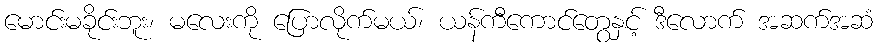
မောင်းမခိုင်းဘူး၊ မလေးကို ပြောလိုက်မယ်၊ ယန်ကီကောင်တွေနှင့် ဒီလောက် အဆက်အဆံ